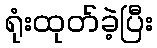
ရုံးထုတ်ခဲ့ပြီး